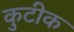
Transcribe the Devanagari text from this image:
कुटीक